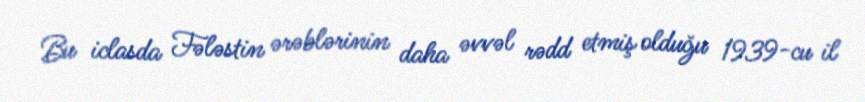
Bu iclasda Fələstin ərəblərinin daha əvvəl rədd etmiş olduğu 1939-cu il